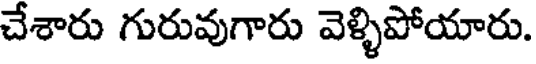
చేశారు గురువుగారు వెళ్ళిపోయారు.